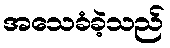
အသေခံခဲ့သည်